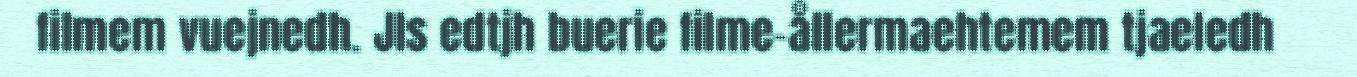
filmem vuejnedh. JIs edtjh buerie filme-ållermaehtemem tjaeledh